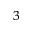
^ 3